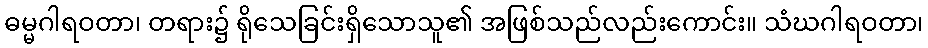
ဓမ္မဂါရဝတာ၊ တရား၌ ရိုသေခြင်းရှိသောသူ၏ အဖြစ်သည်လည်းကောင်း။ သံဃဂါရဝတာ၊